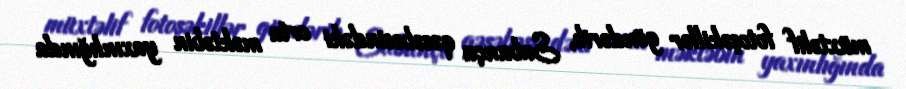
müxtəlif fotoşəkillər göndərib, Sabunçu qəsəbəsindəki orta məktəbin yaxınlığında